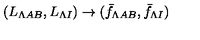
( L _ { \Lambda A B } , L _ { \Lambda I } ) \to ( \bar { f } _ { \Lambda A B } , \bar { f } _ { \Lambda I } )